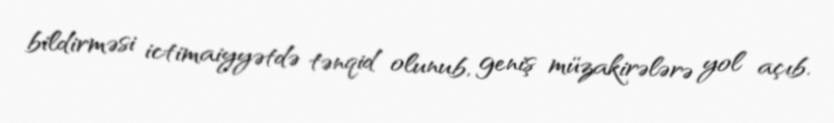
bildirməsi ictimaiyyətdə tənqid olunub, geniş müzakirələrə yol açıb.